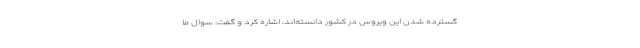
گسترده شدن این ویروس در کشور دانسته‌اند، اشاره کرد و گفت: سوال ما